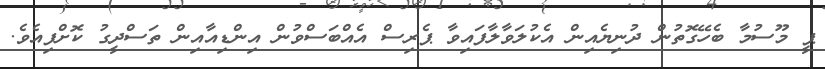
ޕީ މޫސުމާ ބެހޭގޮތުން ދުނިޔެއިން އެކުލަވާލާފައިވާ ޕެރިސް އެއްބަސްވުން އިންޑިއާއިން ތަސްދީގު ކޮށްފިއެވެ.